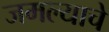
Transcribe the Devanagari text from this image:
जमल्याचे